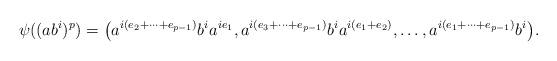
LaTeX: \begin{align*}\psi((ab^i)^p)=\big( a^{i(e_2+\dots + e_{p-1})}b^i a^{ie_1}, a^{i(e_3+\dots + e_{p-1})}b^i a^{i(e_1+e_2)}, \dots, a^{i(e_1+\dots + e_{p-1})}b^i \big).\end{align*}